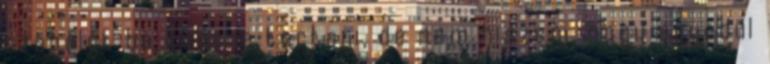
szabályt be kellene tartani, de nem hiszem, hogy egyedül